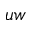
u w